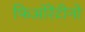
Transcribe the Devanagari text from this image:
फिओरेंटीनो